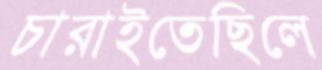
চারাইতেছিলে